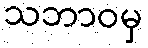
သဘာဝမှ